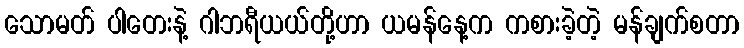
သောမတ် ပါတေးနဲ့ ဂါဘရီယယ်တို့ဟာ ယမန်နေ့က ကစားခဲ့တဲ့ မန်ချက်စတာ